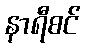
နာရီစင်